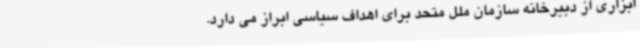
ابزاری از دبیرخانه سازمان ملل متحد برای اهداف سیاسی ابراز می دارد.